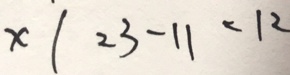
x \vert 2 3 - 1 1 < 1 2